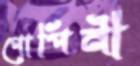
গোপিনী